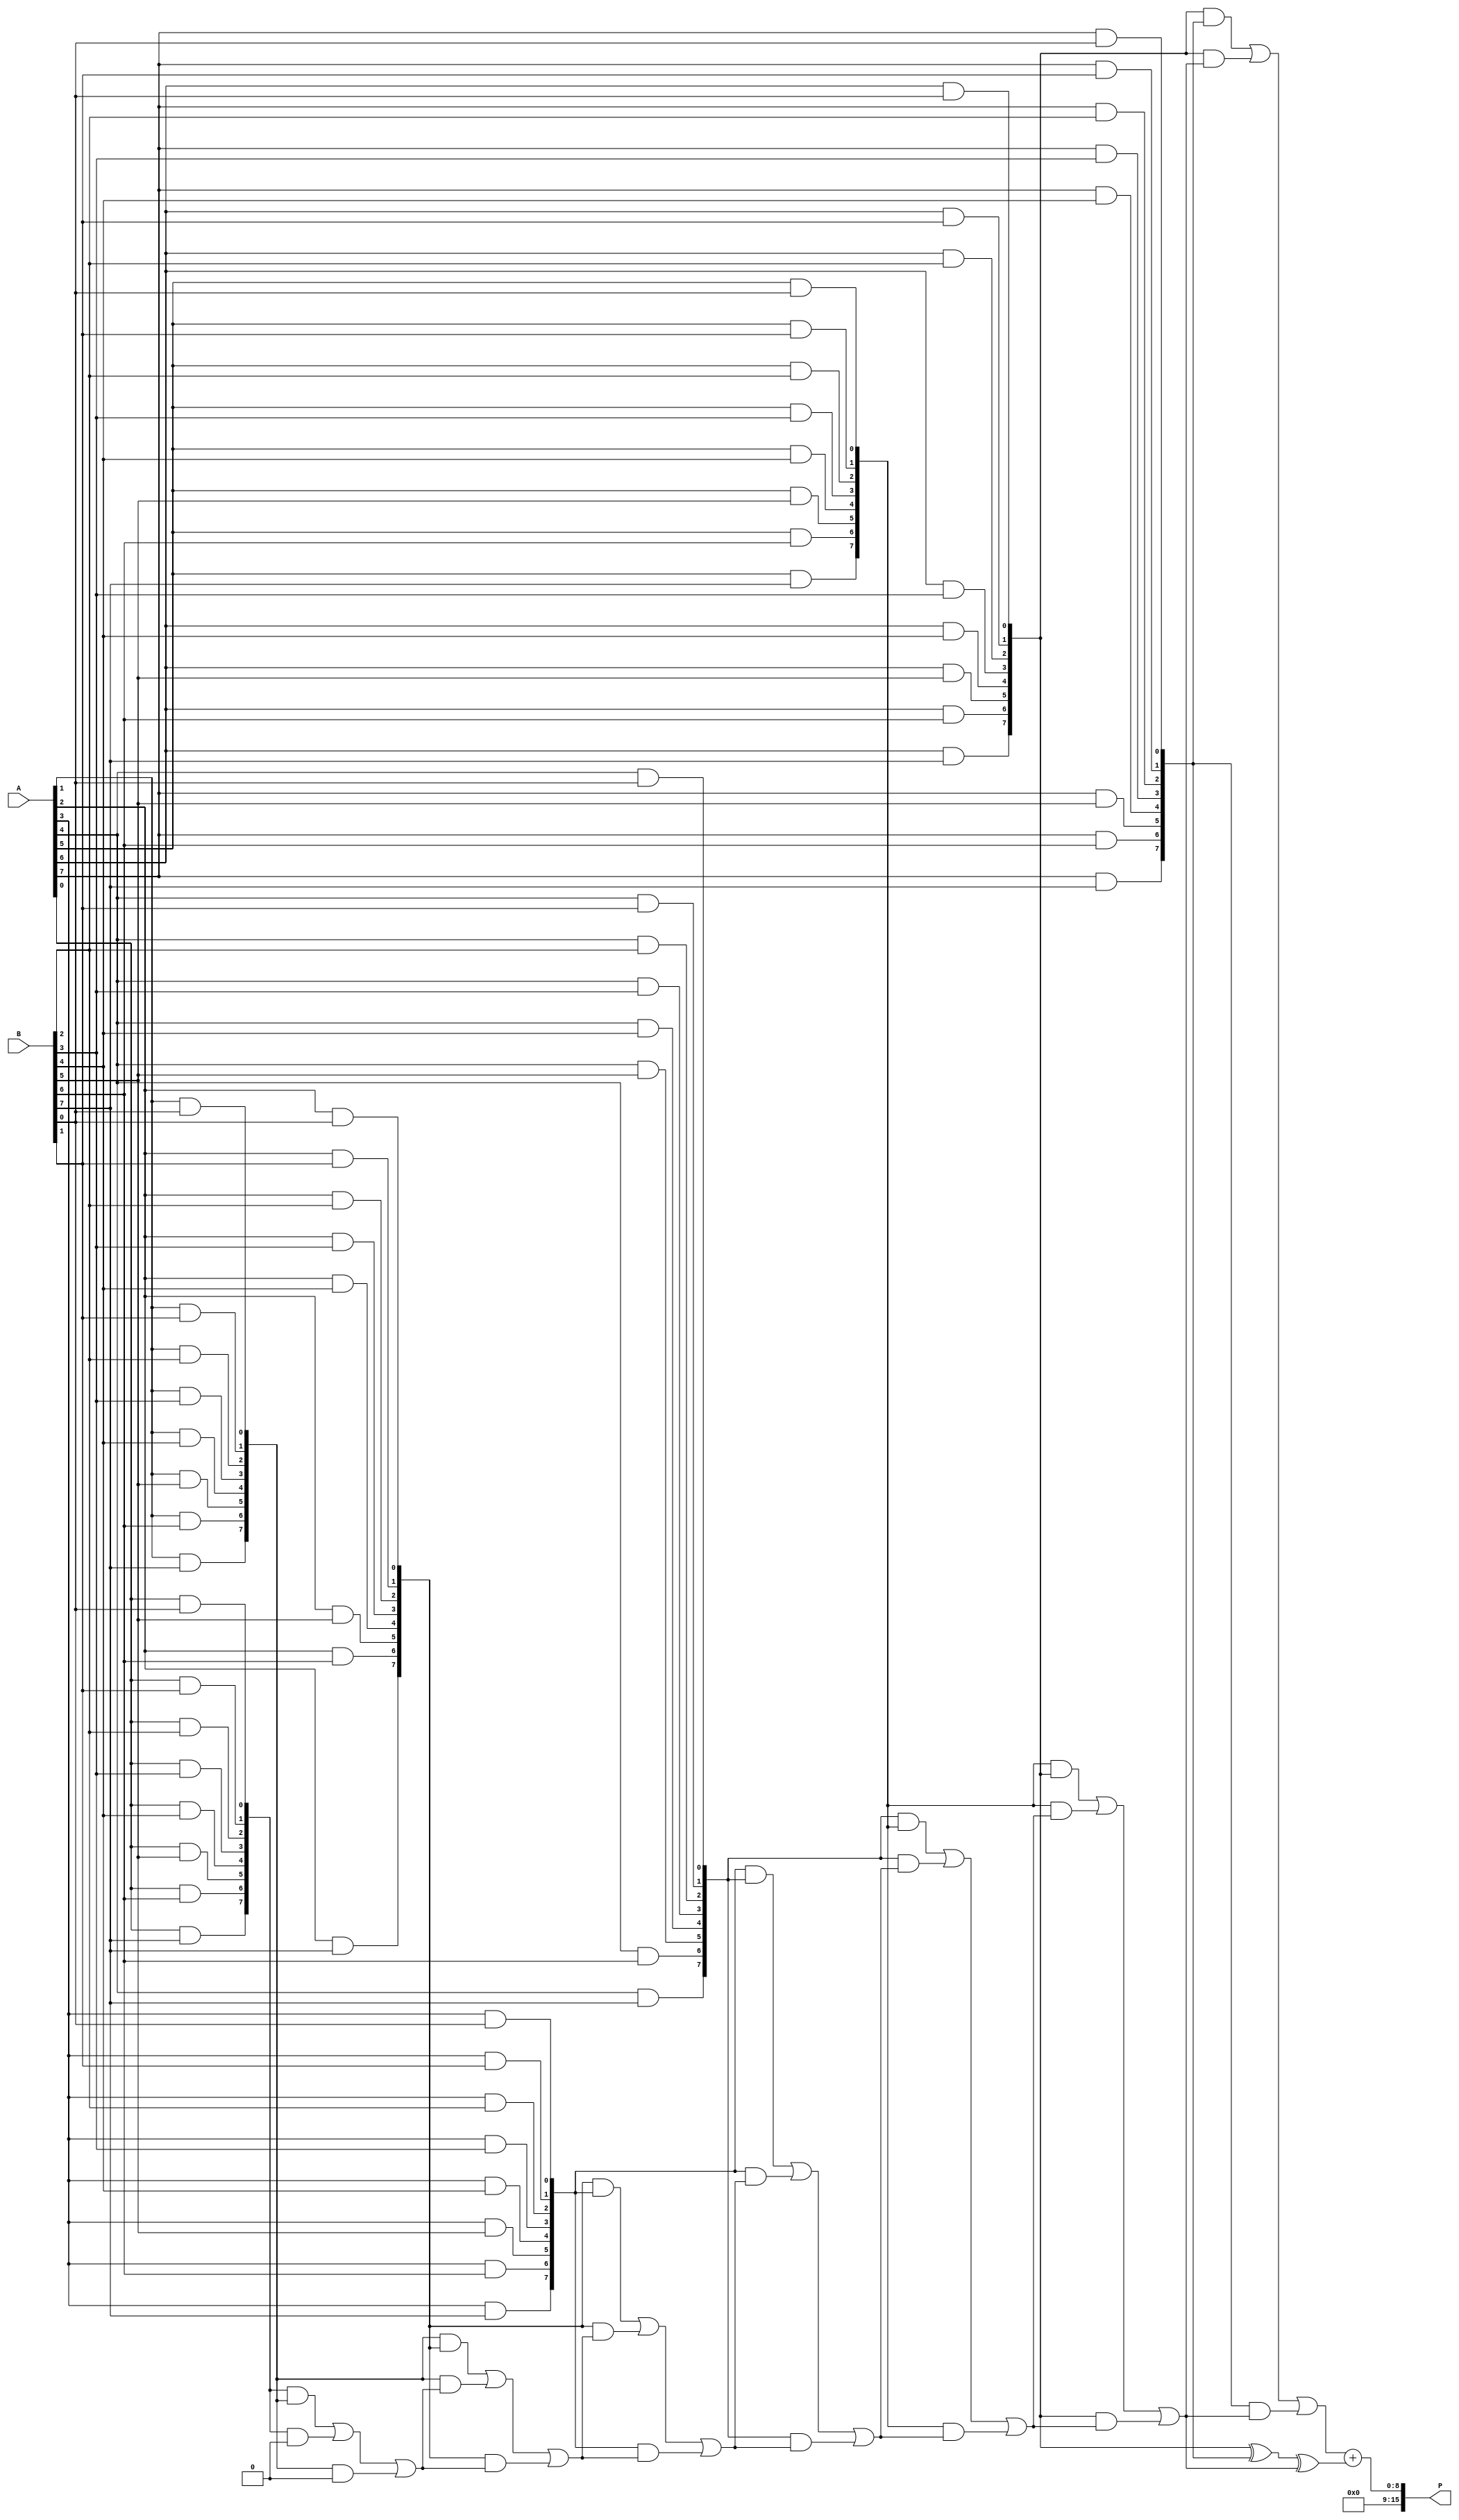
module WallaceTreeMultiplier #(
    parameter N = 8  // Number of bits for inputs A and B
)(
    input [N-1:0] A, 
    input [N-1:0] B,
    output reg [2*N-1:0] P
);
    
    // Partial product generation
    wire [N-1:0] PP [N-1:0]; // Partial products
    generate
        genvar i, j;
        for (i = 0; i < N; i = i + 1) begin : pp_gen
            for (j = 0; j < N; j = j + 1) begin : pp_bit
                assign PP[i][j] = A[i] & B[j];
            end
        end
    endgenerate

    // Carry Save Adder
    function [N-1:0] CSA(
        input [N-1:0] A,
        input [N-1:0] B,
        input [N-1:0] C
    );
    begin
        CSA = A ^ B ^ C; // Sum
    end
    endfunction

    wire [N-1:0] sum [N-1:0]; // Sums from CSA
    wire [N-1:0] carry [N-1:0]; // Carries from CSA

    // Wallace tree reduction
    integer level, count;
    always @(*) begin
        // Initialize carries to 0
        for (level = 0; level < N; level = level + 1) begin
            carry[level] = 0;
        end
        
        // First level of CSA (pairwise addition)
        for (level = 0; level < N-1; level = level + 1) begin
            sum[level] = CSA(PP[level], PP[level + 1], carry[level]);
            carry[level + 1] = (PP[level] & PP[level + 1]) | (PP[level] & carry[level]) | (PP[level + 1] & carry[level]);
        end

        // Final addition from last level
        P = carry[N-1] + sum[N-2]; // Final sum and carry added together
    end

endmodule